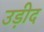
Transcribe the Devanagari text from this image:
उड़ीद